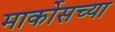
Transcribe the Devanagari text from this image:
मार्कोसच्या